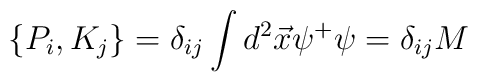
\{P_{i}, K_{j}\} = \delta_{ij} \int d^{2}\vec{x}\psi^{+}\psi =\delta_{ij}M